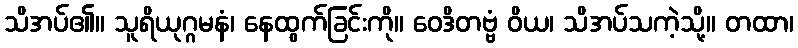
သိအပ်၏။ သူရိယုဂ္ဂမနံ၊ နေထွက်ခြင်းကို။ ဝေဒိတဗ္ဗံ ဝိယ၊ သိအပ်သကဲ့သို့။ တထာ၊